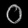
Digit: ၀